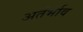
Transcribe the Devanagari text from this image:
अतंर्भाव